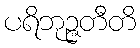
ပရိဘုဉ္ဇတီတိ